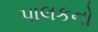
પાલકનો